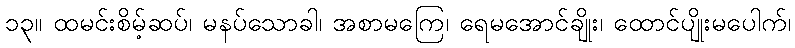
၁၃။ ထမင်းစိမ့်ဆပ်၊ မနပ်သောခါ၊ အစာမကြေ၊ ရေမအောင်ချိုး၊ ထောင်ပျိုးမပေါက်၊